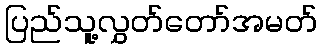
ပြည်သူ့လွှတ်တော်အမတ်